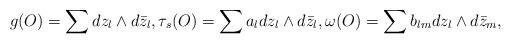
LaTeX: \begin{align*}g(O) = \sum dz_l \wedge d\bar{z}_l, \tau_s(O) = \sum a_l dz_l \wedge d\bar{z}_l, \omega(O) =\sum b_{lm} dz_l \wedge d\bar{z}_m,\end{align*}